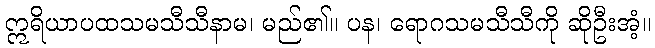
ဣရိယာပထသမသီသီနာမ၊ မည်၏။ ပန၊ ရောဂသမသီသီကို ဆိုဦးအံ့။